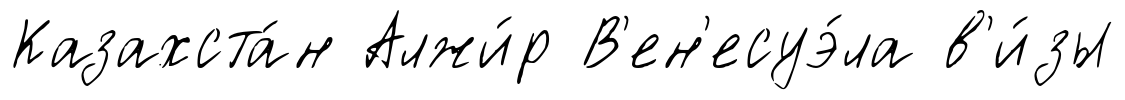
Казахста́н Алжи́р В'ен'есуэ́ла в'и́зы